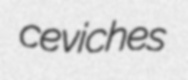
ceviches